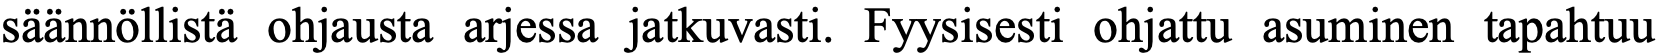
säännöllistä ohjausta arjessa jatkuvasti. Fyysisesti ohjattu asuminen tapahtuu